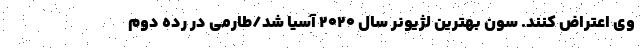
وی اعتراض کنند. سون بهترین لژیونر سال 2020 آسیا شد/طارمی در رده دوم